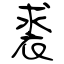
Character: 裘